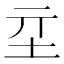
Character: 𡉝